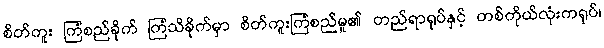
စိတ်ကူး ကြံစည်ခိုက် ကြံသိခိုက်မှာ စိတ်ကူးကြံစည်မှု၏ တည်ရာရုပ်နှင့် တစ်ကိုယ်လုံးကရုပ်၊